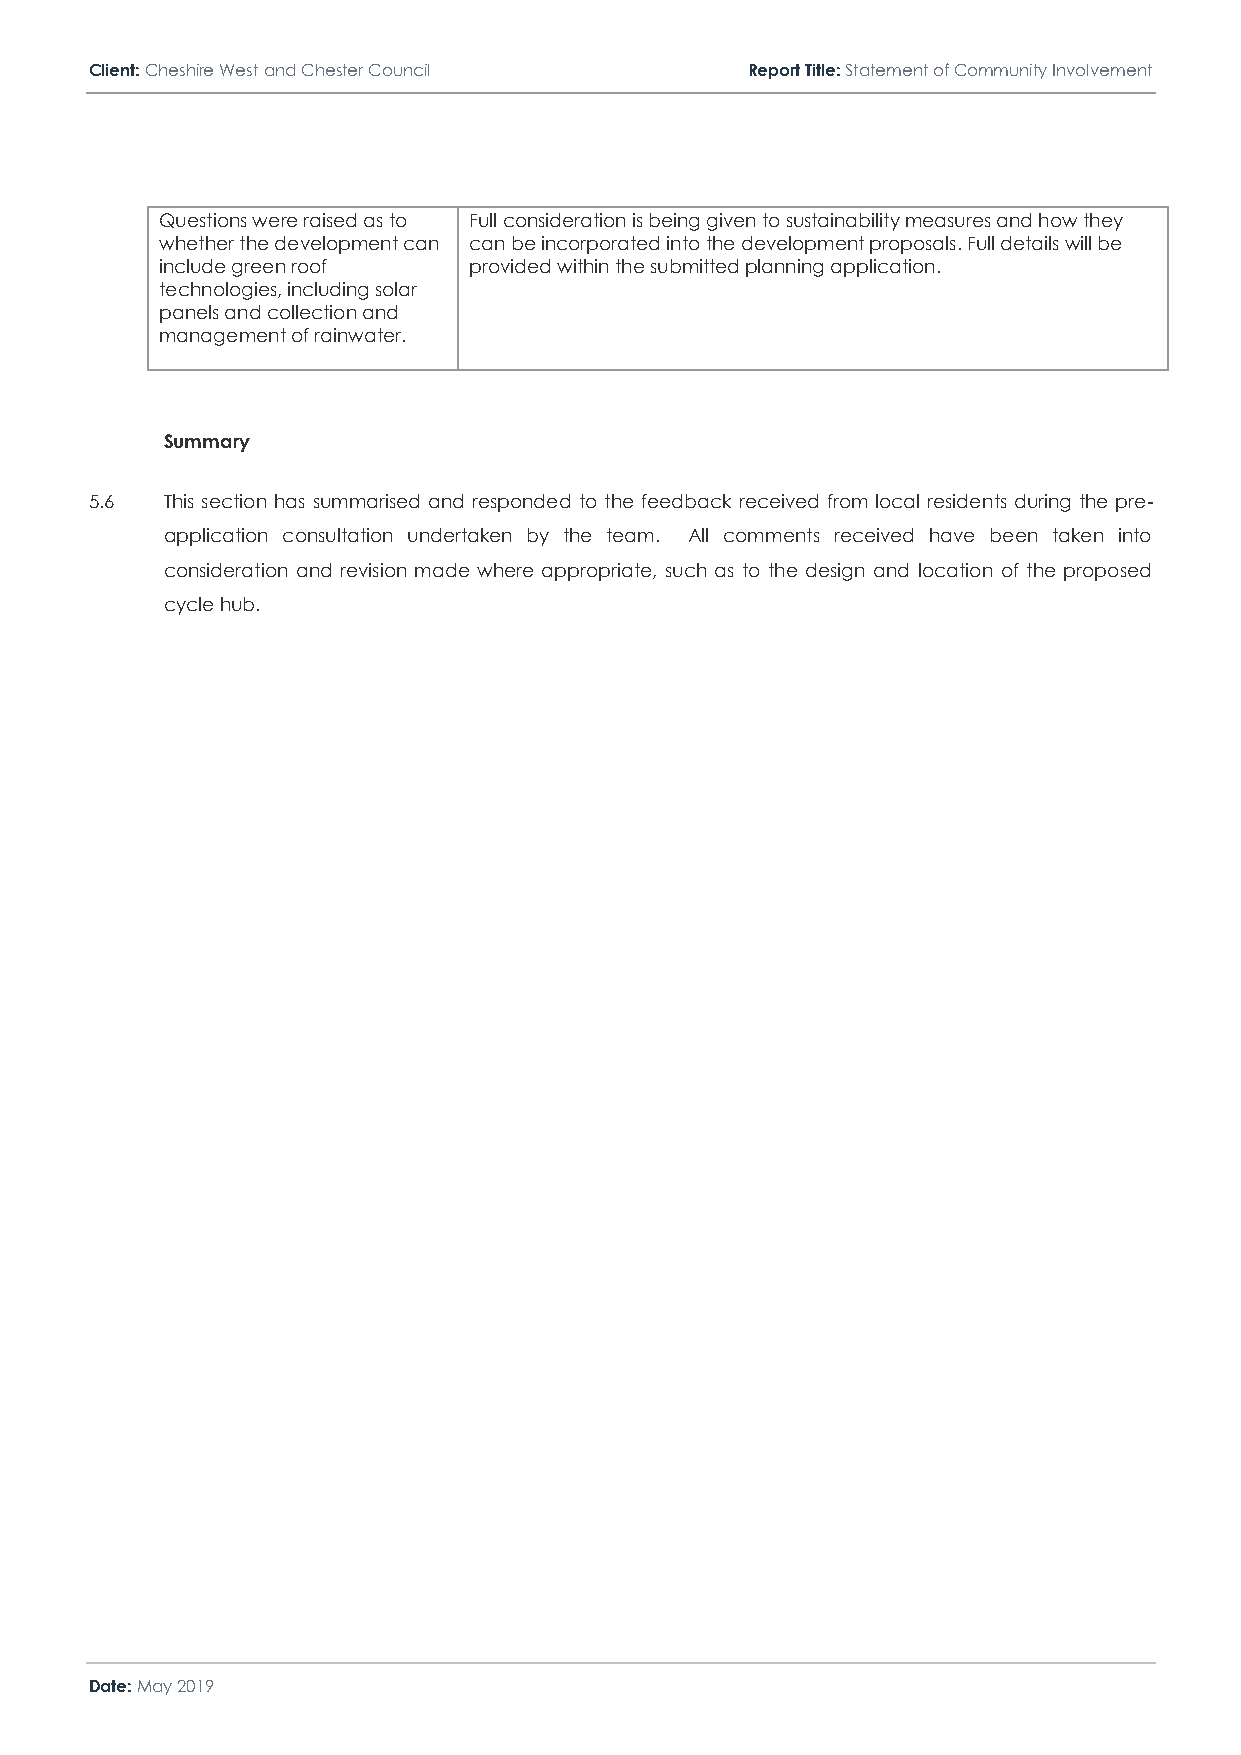
Client: Cheshire West and Chester Council  Report Title: Statement of Community Involvement
 Questions were raised as to Full consideration is being given to sustainability measures and how they
 whether the development can can be incorporated into the development proposals. Full details will be
 include green roof  provided within the submitted planning application.
 technologies, including solar
 panels and collection and
 management of rainwater.
 Summary
 5.6  This section has summarised and responded to the feedback received from local residents during the pre-
 application consultation undertaken by the team. All comments received have been taken into
 consideration and revision made where appropriate, such as to the design and location of the proposed
 cycle hub.
 Date: May 2019